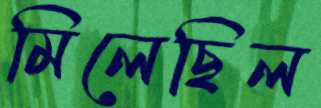
মিলেছিল